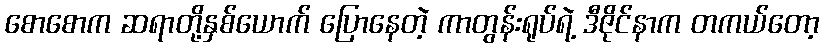
စောစောက ဆရာတို့နှစ်ယောက် ပြောနေတဲ့ ကာတွန်းရုပ်ရဲ့ ဒီဇိုင်နာက တကယ်တော့